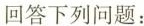
回答下列问题：